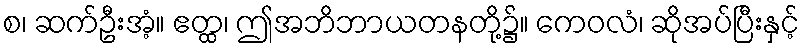
စ၊ ဆက်ဦးအံ့။ ဧတ္ထ၊ ဤအဘိဘာယတနတို့၌။ ကေဝလံ၊ ဆိုအပ်ပြီးနှင့်